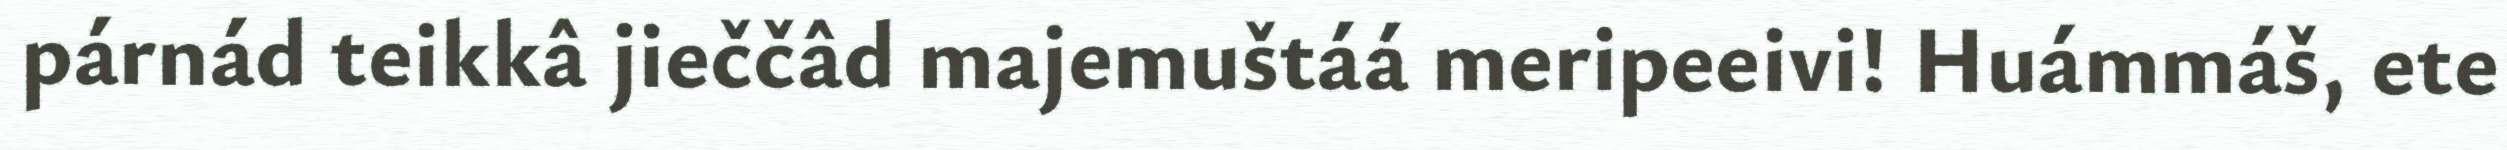
párnád teikkâ jieččâd majemuštáá meripeeivi! Huámmáš, ete